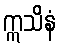
ဣသိနံ